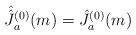
LaTeX: \begin{align*}\hat{\hat{J\hspace{.045in}^{}}}\hspace{-.05in}^{(0)}_a(m)=\hat{J}^{(0)}_a(m)\end{align*}